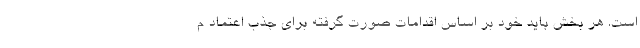
است. هر بخش باید خود بر اساس اقدامات صورت گرفته برای جذب اعتماد م